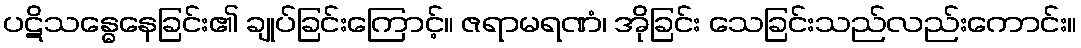
ပဋိသန္ဓေနေခြင်း၏ ချုပ်ခြင်းကြောင့်။ ဇရာမရဏံ၊ အိုခြင်း သေခြင်းသည်လည်းကောင်း။